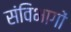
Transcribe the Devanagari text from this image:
संविभागों